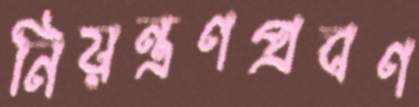
নিয়ন্ত্রণপ্রবণ